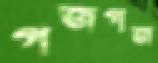
গজগজ